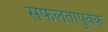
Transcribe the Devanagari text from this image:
सफलतापुर्वक